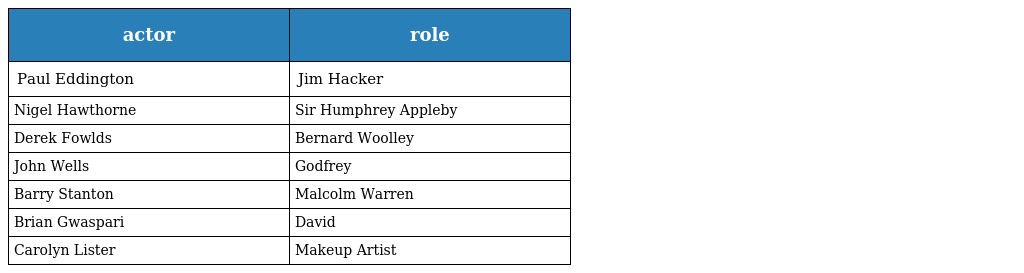
| actor | role |
 | --- | --- |
 | Paul Eddington | Jim Hacker |
 | Nigel Hawthorne | Sir Humphrey Appleby |
 | Derek Fowlds | Bernard Woolley |
 | John Wells | Godfrey |
 | Barry Stanton | Malcolm Warren |
 | Brian Gwaspari | David |
 | Carolyn Lister | Makeup Artist |